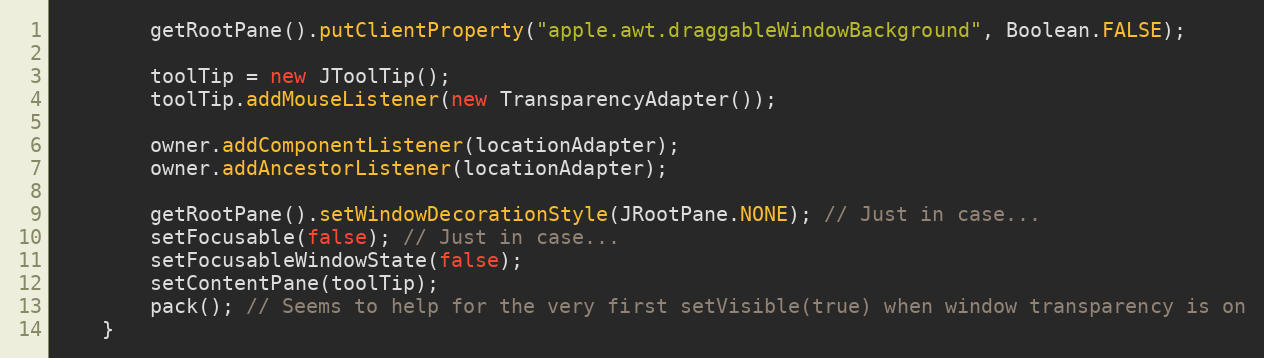
Language: Java
        getRootPane().putClientProperty("apple.awt.draggableWindowBackground", Boolean.FALSE);

        toolTip = new JToolTip();
        toolTip.addMouseListener(new TransparencyAdapter());

        owner.addComponentListener(locationAdapter);
        owner.addAncestorListener(locationAdapter);

        getRootPane().setWindowDecorationStyle(JRootPane.NONE); // Just in case...
        setFocusable(false); // Just in case...
        setFocusableWindowState(false);
        setContentPane(toolTip);
        pack(); // Seems to help for the very first setVisible(true) when window transparency is on
    }